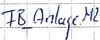
Text: FB_Anlage.M2